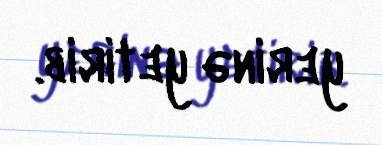
yerinə yetirib.